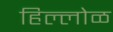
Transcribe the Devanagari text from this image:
हिल्लोळ